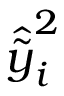
\hat { \widetilde { y } } _ { i } ^ { 2 }